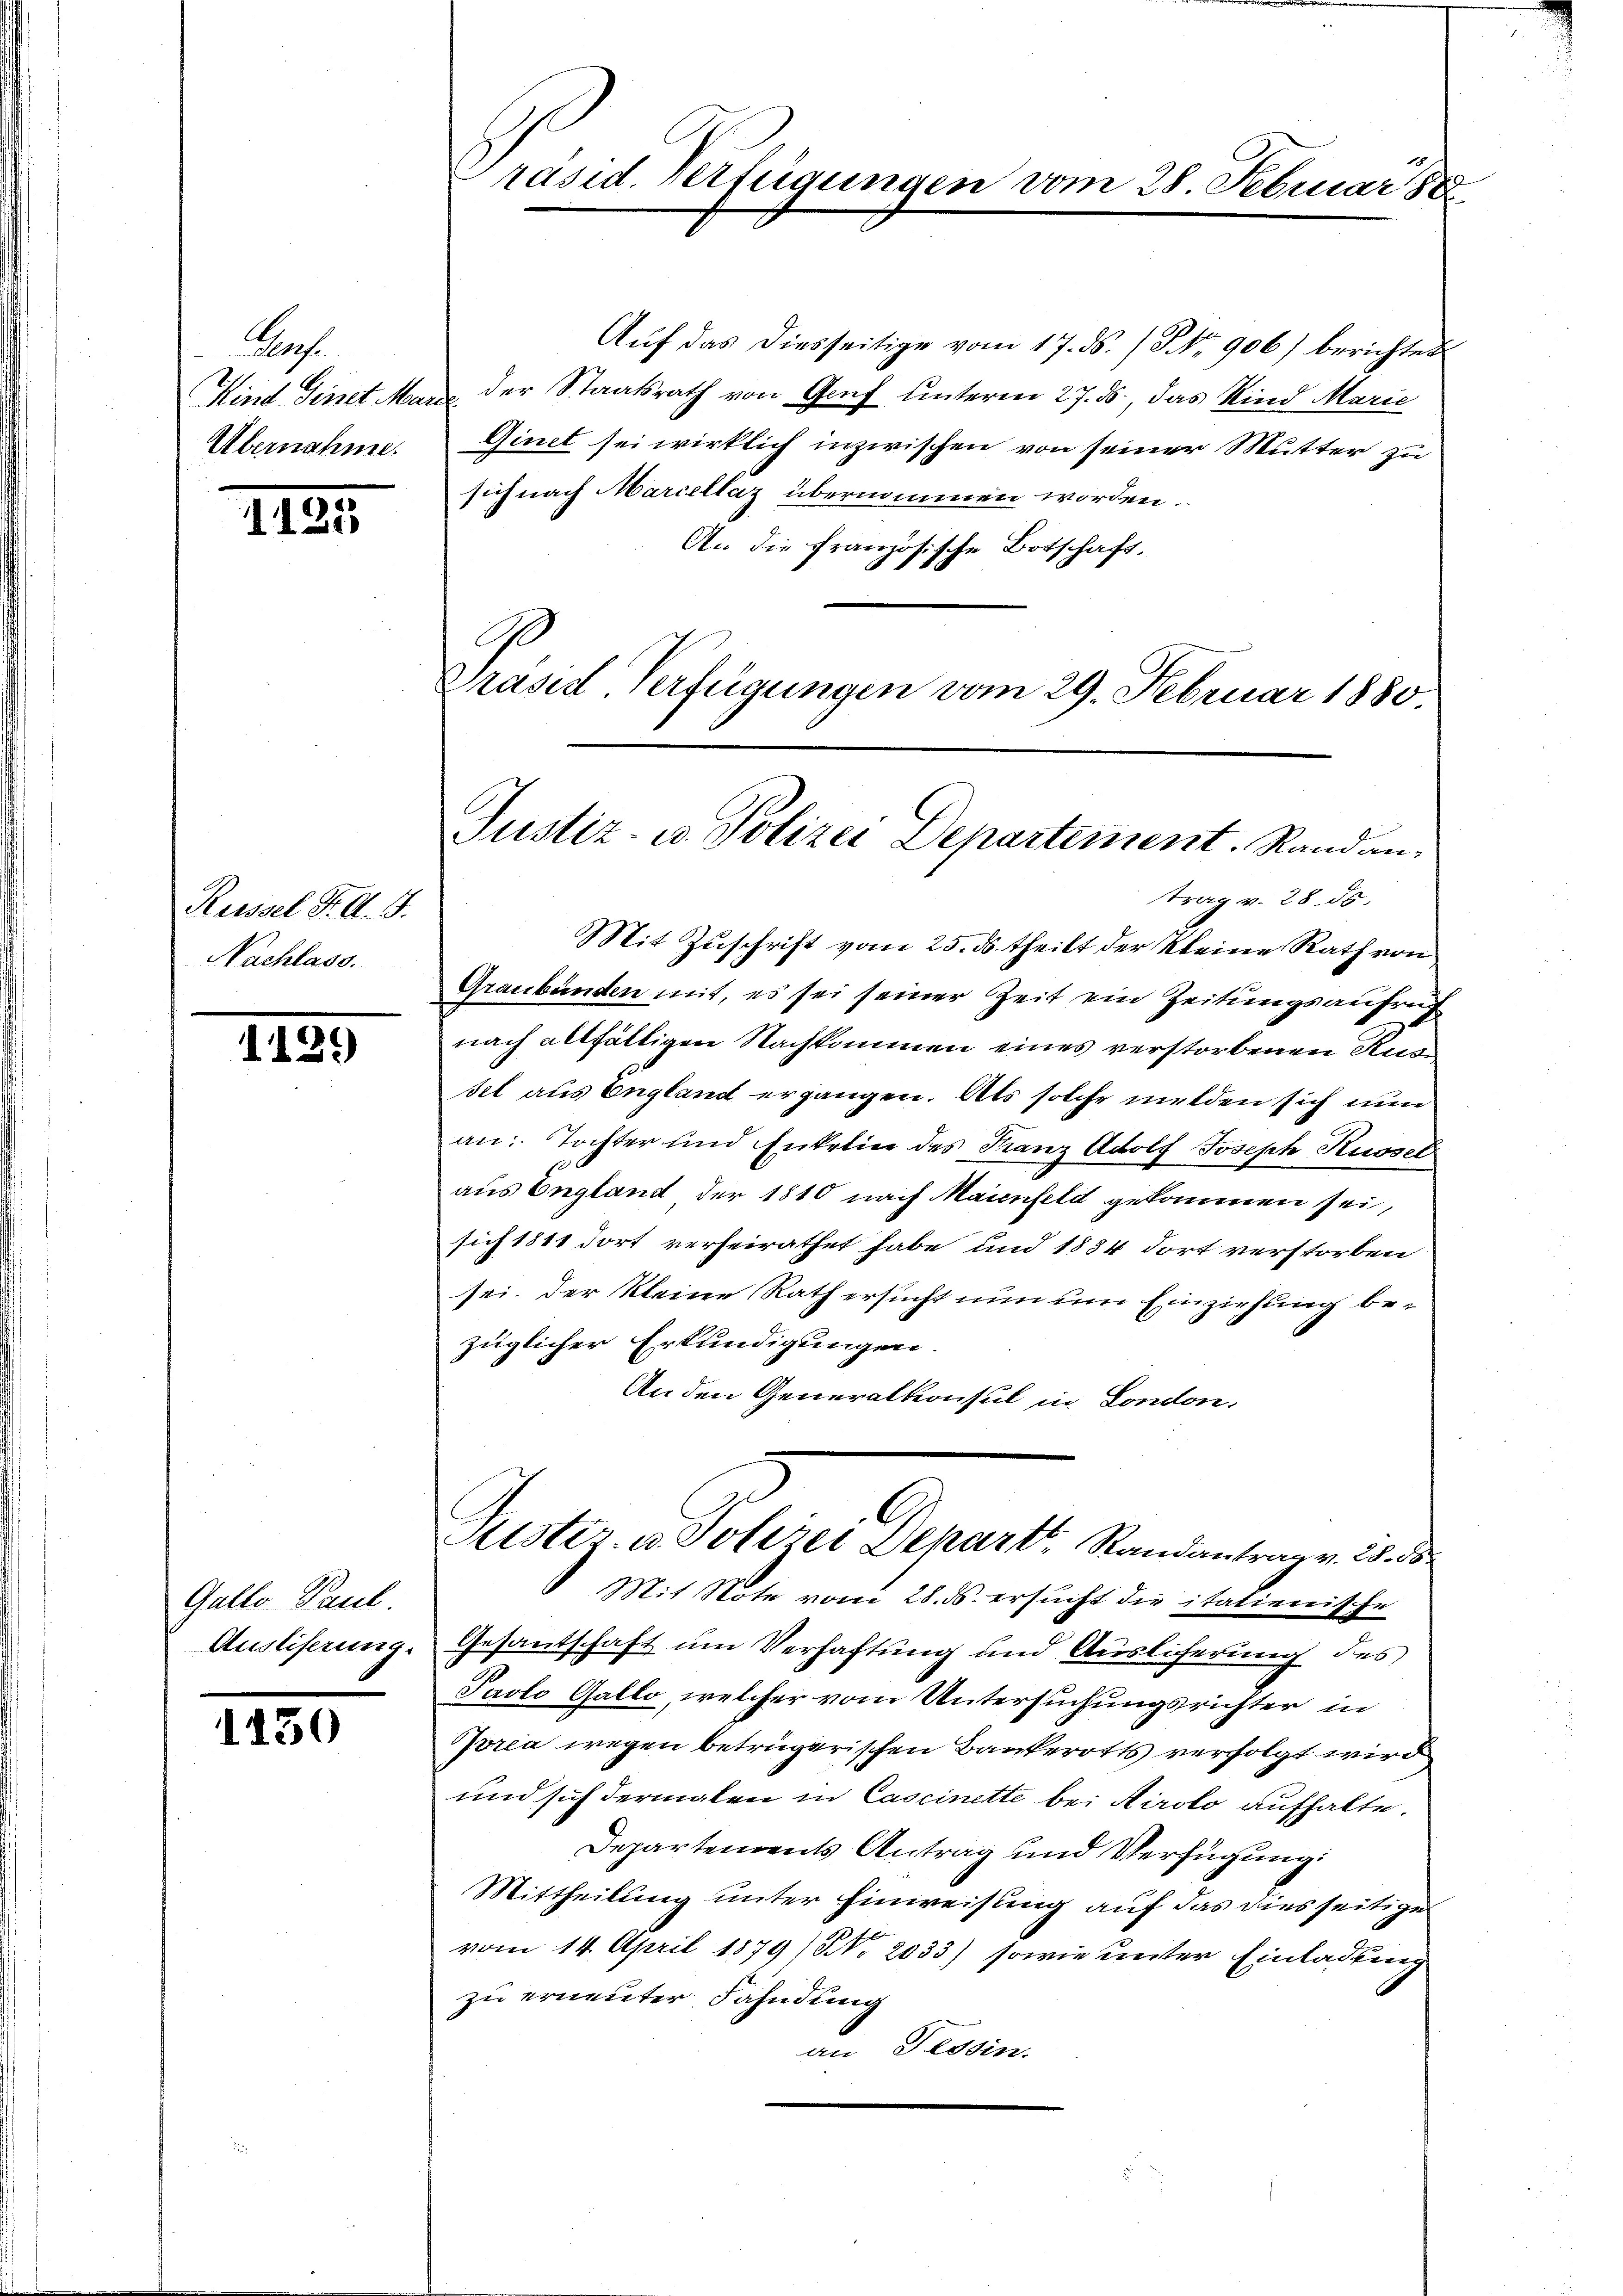
Arch.
Übernahme.

III.

Kessel F. A. 1.
Nachlass.

1129

Gallo Paul.
Ausliferung.

1430

Präsid. Verfügungen vom 28. Februar 188

Aŭf das diesseitige vom 17. ds. / NNo. 906) berichtet
Kind Tinet Marie der Staatsrath von Genf unterm 27. ds., das Kind Marie
Ginet sei wirklich inzwischen von seiner Mutter zu
sich nach Marcellaz übernommen worden.
An die Französische Botschaft,
C
Grased-Verfügungen vom 29. Februar 1880.

Justiz- u. Polizei Departement. Randantrag v. 28. 55.
Mit Zuschrift vom 25. ds. theilt der kleine Rath von

Graubünden mit, es sei seiner Zeit ein Zeitungsaufreg
nach allfälligen Nachkommen eines verstorbenen Kur
sel aus England ergangen. Als solche melden sich nun
an: Tochter und Enkelin des Franz Adolf Joseph Kussel
aus England der 1810 nach Maienfeld gekommen sei,
sich 1811 dort verheirathet habe und 1884 dort verstorben
sei. Der kleine Rath ersucht nun um Einziehung bezüglicher Erkundigungen
An den Generalkonsul in London.
Puster u. Polizei Depart. Randantrag v. 25. 55.
Mit Note vom 28. ds. ersucht die italienische
Gesantschaft um Verhaftung und Auslicherung des
Paolo Gallo, welcher vom Untersuchungsrichter in
oria wegen betrügerischen Bankerotts verfolgt wird
und sich dermalen in Cascinette bei Airolo aufhalte.
Departements Antrag und Verfügung:
Mittheilung unter Einweisung auf das diesseitige
vom 14. April 1879 (NNo. 2033) sowie unter Einladung
zu erneuter Fahndung
im Tessin.